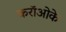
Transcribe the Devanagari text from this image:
करॉओके